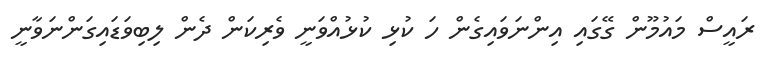
ރައީސް މައުމޫން ގޭގައި އިންނަވައިގެން ހަ ކުޅި ކުޅުއްވަނީ ވެރިކަން ދެން ލިބިވަޑައިގަންނަވާނީ